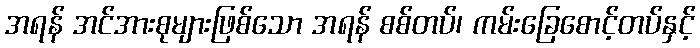
အရန် အင်အားစုများဖြစ်သော အရန် စစ်တပ်၊ ကမ်းခြေစောင့်တပ်နှင့်